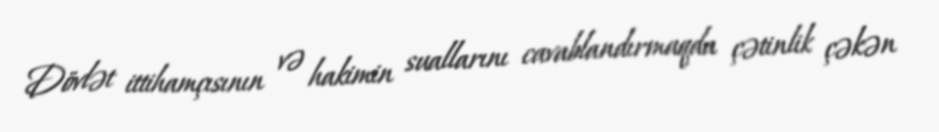
Dövlət ittihamçısının və hakimin suallarını cavablandırmaqda çətinlik çəkən